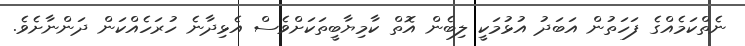
ނެތްކަމެއްގެ ފަހަތުން އަބަދު އުޅުމަކީ ލިބެން އޮތް ކާމިޔާބީތަކަށްވެސް އެޅިދާނެ ހުރަހެއްކަން ދަންނާށެވެ.